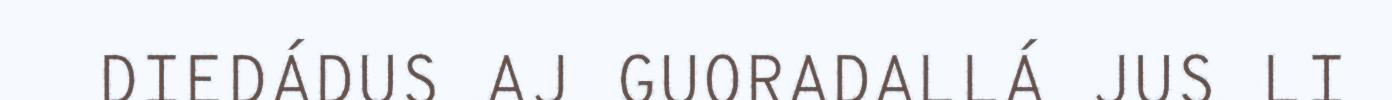
DIEDÁDUS AJ GUORADALLÁ JUS LI